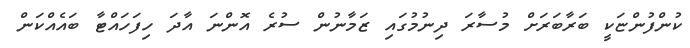
ކުންފުންޏަކީ ބަރާބަރަށް މުސާރަ ދިނުމުގައި ޒަމާނުން ސުރެ އޮންނަ އާދަ ހިފަހައްޓާ ބައެއްކަން